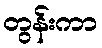
တွန်းကာ